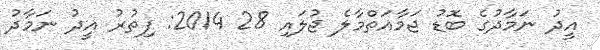
އީދު ނަމާދުގެ ބޮޑު ޖަމާއަތްމާލެ ޖުލައި 28 2014: ފިތުރު އީދު ނަމާދު